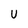
Character: U